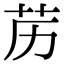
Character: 苈